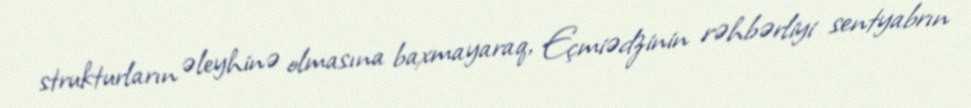
strukturların əleyhinə olmasına baxmayaraq, Eçmiədzinin rəhbərliyi sentyabrın